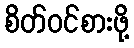
စိတ်ဝင်စားဖို့